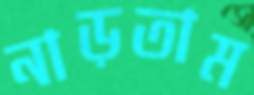
নাড়তাম